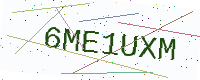
Text: 6ME1UXM